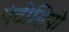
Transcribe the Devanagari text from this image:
एंटीसिपो